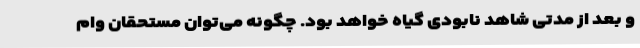
و بعد از مدتی شاهد نابودی گیاه خواهد بود. چگونه می‌توان مستحقان وام